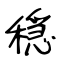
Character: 穏